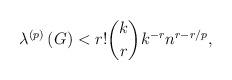
LaTeX: \begin{align*}\lambda^{\left( p\right) }\left( G\right) <r!\binom{k}{r}k^{-r}n^{r-r/p},\end{align*}